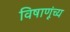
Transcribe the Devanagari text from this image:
विषाणूंच्य